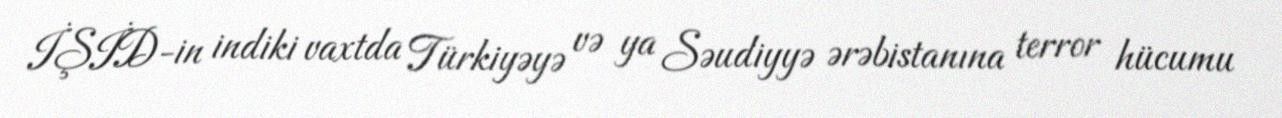
İŞİD-in indiki vaxtda Türkiyəyə və ya Səudiyyə ərəbistanına terror hücumu